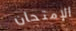
الإمتحان